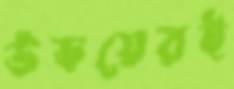
উভয়েরই